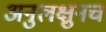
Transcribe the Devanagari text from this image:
अनुलक्षुनच